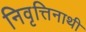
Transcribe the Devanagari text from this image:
निवृत्तिनाथी